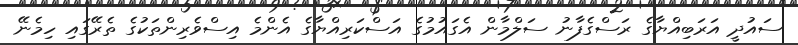
ސައުދީ އަރަބިއްޔާގެ ރަސްގެފާނު ސަލްމާން އެގައުމުގެ އަސްކަރިއްޔާގެ އެންމެ އިސްވެރިންތަކުގެ ތެރޭގައި ހިމެނޭ